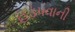
હડપવાની